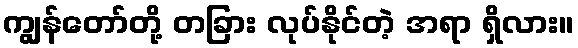
ကျွန်တော်တို့ တခြား လုပ်နိုင်တဲ့ အရာ ရှိလား။